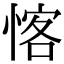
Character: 愘